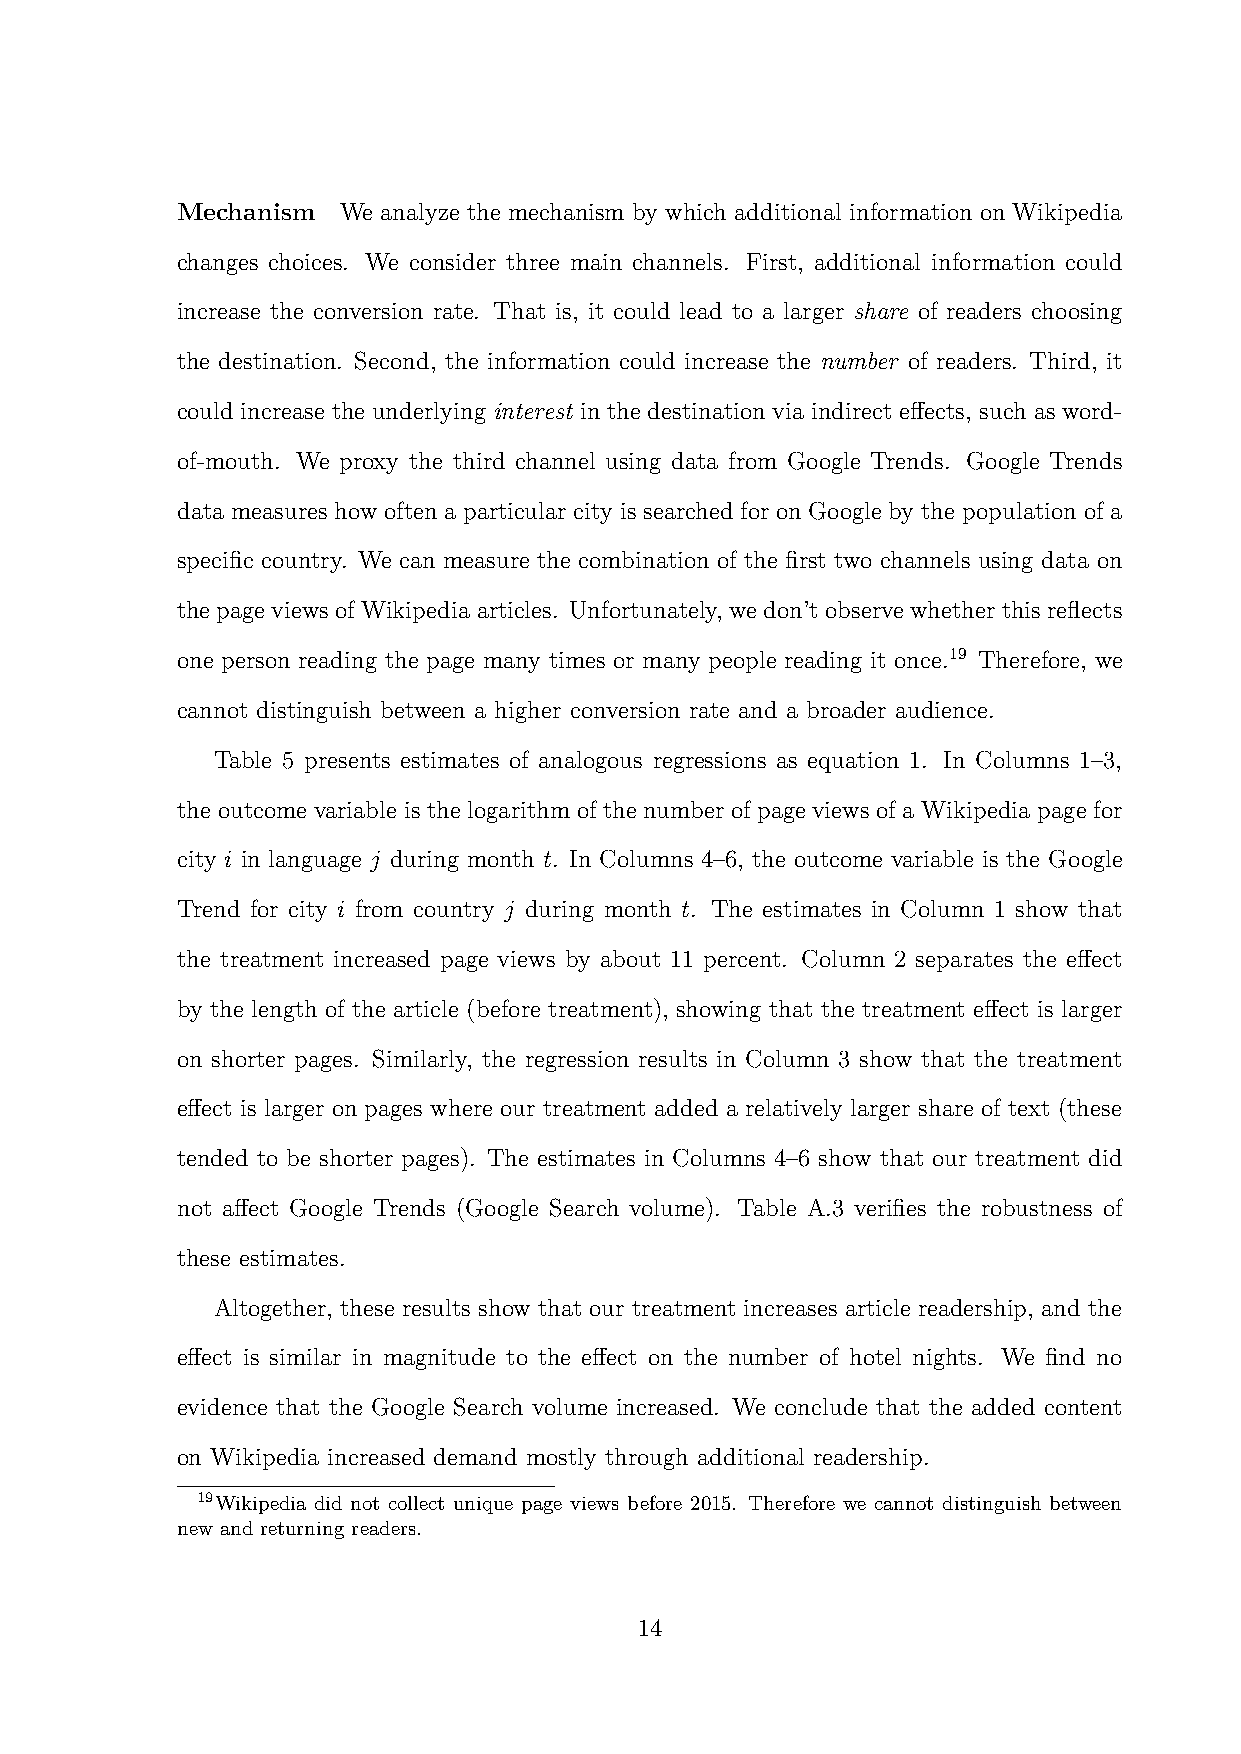
Mechanism We analyze the mechanism by which additional information on Wikipedia
 changes choices. We consider three main channels. First, additional information could
 increase the conversion rate. That is, it could lead to a larger share of readers choosing
 the destination. Second, the information could increase the number of readers. Third, it
 could increase the underlying interest in the destination via indirect effects, such as word-
 of-mouth. We proxy the third channel using data from Google Trends. Google Trends
 data measures how often a particular city is searched for on Google by the population of a
 specific country. We can measure the combination of the first two channels using data on
 thepageviewsofWikipediaarticles. Unfortunately, wedon’tobservewhetherthisreflects
 one person reading the page many times or many people reading it once.19 Therefore, we
 cannot distinguish between a higher conversion rate and a broader audience.
 Table 5 presents estimates of analogous regressions as equation 1. In Columns 1–3,
 the outcome variable is the logarithm of the number of page views of a Wikipedia page for
 city i in language j during month t. In Columns 4–6, the outcome variable is the Google
 Trend for city i from country j during month t. The estimates in Column 1 show that
 the treatment increased page views by about 11 percent. Column 2 separates the effect
 by the length of the article (before treatment), showing that the treatment effect is larger
 on shorter pages. Similarly, the regression results in Column 3 show that the treatment
 effect is larger on pages where our treatment added a relatively larger share of text (these
 tended to be shorter pages). The estimates in Columns 4–6 show that our treatment did
 not affect Google Trends (Google Search volume). Table A.3 verifies the robustness of
 these estimates.
 Altogether, these results show that our treatment increases article readership, and the
 effect is similar in magnitude to the effect on the number of hotel nights. We find no
 evidence that the Google Search volume increased. We conclude that the added content
 on Wikipedia increased demand mostly through additional readership.
 19Wikipedia did not collect unique page views before 2015. Therefore we cannot distinguish between
 new and returning readers.
 14